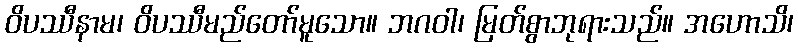
ဝိပဿီနာမ၊ ဝိပဿီမည်တော်မူသော။ ဘဂဝါ၊ မြတ်စွာဘုရားသည်။ အဟောသိ၊